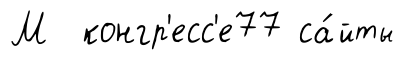
М конгр'есс'е77 са́йты